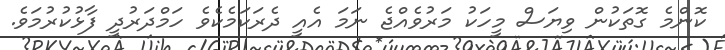
ކޮންމެ ގޮތަކުން ވިޔަސް މީހަކު މަރުވެއްޖެ ނަމަ އެއީ ދެރަކަމެކެވެ ހަމްދަރުދީ ފާޅުކުރުމަވެ.